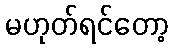
မဟုတ်ရင်တော့